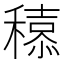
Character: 𮃮